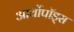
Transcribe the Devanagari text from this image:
आर्थोपॉड्स